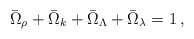
\begin{align*}\bar{\Omega}_\rho+\bar{\Omega}_k+\bar{\Omega}_\Lambda+\bar{\Omega}_\lambda = 1\,, \end{align*}